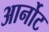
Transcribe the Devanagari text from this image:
आर्नोट